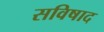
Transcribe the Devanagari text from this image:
सविषाद